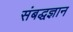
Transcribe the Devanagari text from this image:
संबद्धज्ञान